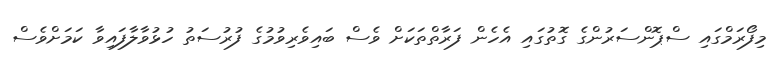
މިފޯރަމްގައި ސްޕޮންސަރުންގެ ގޮތުގައި އެހެން ފަރާތްތަކަށް ވެސް ބައިވެރިވުމުގެ ފުރުސަތު ހުޅުވާލާފައިވާ ކަމަށްވެސް